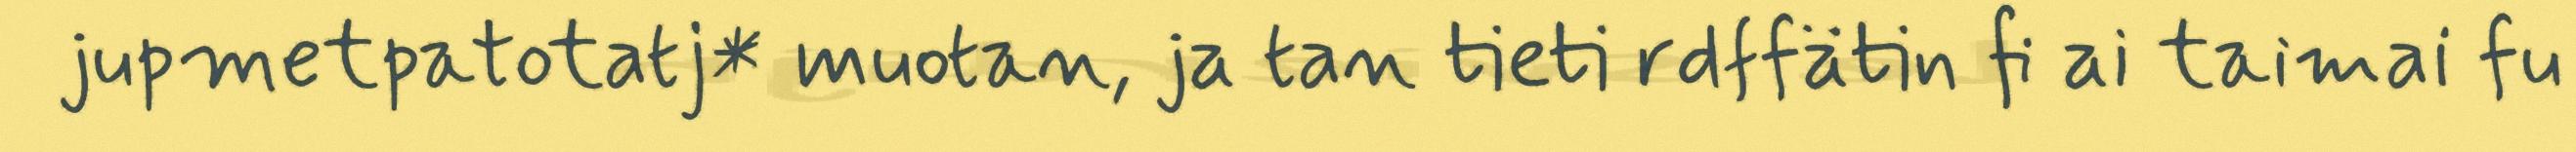
jupmetpatotatj* muotan, ja tan tieti rdffätin fi ai taimai fu